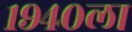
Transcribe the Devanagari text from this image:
१९४०ला